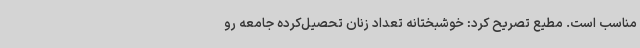
مناسب است. مطیع تصریح کرد: خوشبختانه تعداد زنان تحصیل‌کرده جامعه رو